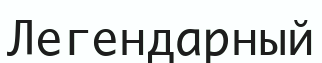
Легендарный